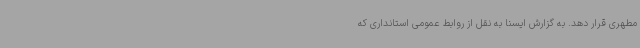
مطهری قرار دهد. به گزارش ایسنا به نقل از روابط عمومی استانداری که